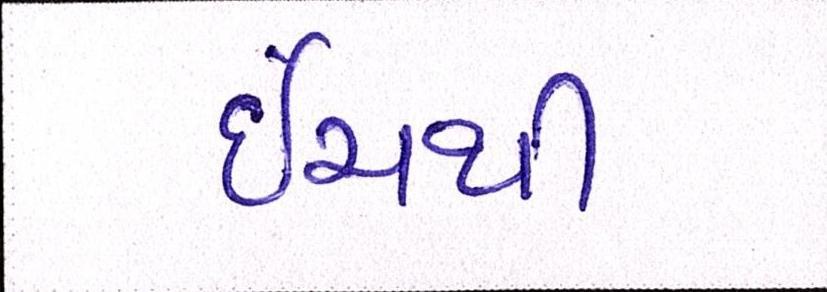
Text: ઇંચથી